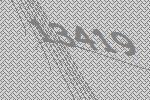
13419